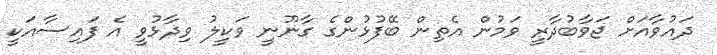
ދައުވާއަށް ޖަވާބުދާރީ ވަމުން އެތިން ބޭފުޅުންގެ ގާނޫނީ ވަކީލު ވިދާޅުވީ އެ ފައިސާއަކީ